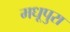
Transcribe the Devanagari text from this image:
मधूपुरा